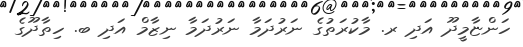
ހަންޏާމީދޫ އަދި ރ. މާކުރަތުގެ ނަރުދަމާ ނަރުދަމާ ނިޒާމް އަދި ބ. ހިތާދޫގެ